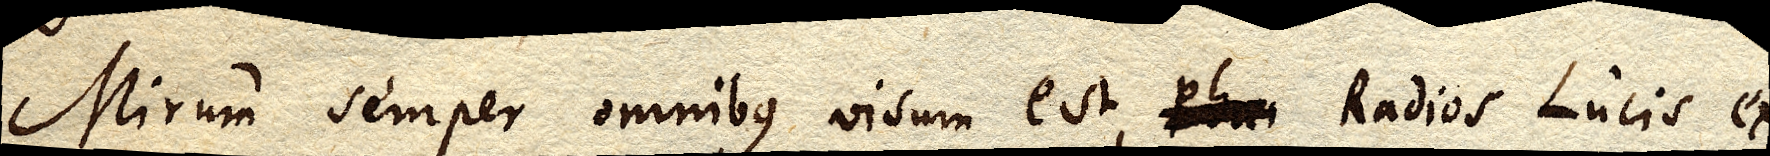
Mirum semper omnibus visum est, xx Radios Lucis ex